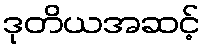
ဒုတိယအဆင့်